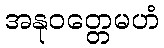
အနုဝတ္တေမဟံ